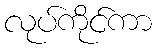
လုပ်ကိုင်ကာ